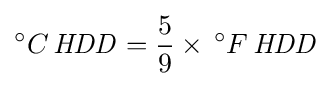
^{\circ }C\,{\mathit {HDD}}={\frac {5}{9}}\times \,^{\circ }F\,{\mathit {HDD}}